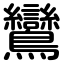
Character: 鸞